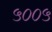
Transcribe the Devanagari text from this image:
५००५